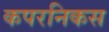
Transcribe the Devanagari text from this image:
कपरनिकस